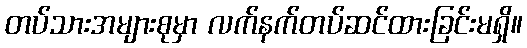
တပ်သားအများစုမှာ လက်နက်တပ်ဆင်ထားခြင်းမရှိ။